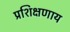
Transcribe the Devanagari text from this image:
प्रशिक्षणाय